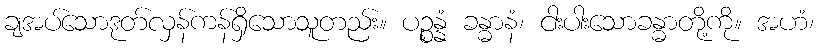
ချအပ်သောဒုတ်လှန်ကန်ရှိသောသူတည်း။ ပဉ္စန္နံ ခန္ဓာနံ၊ ငါးပါးသောခန္ဓာတို့ကို။ အဟံ၊